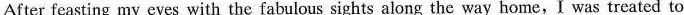
After feasting my eyes with the fabulous sights along the way home,I was treated to